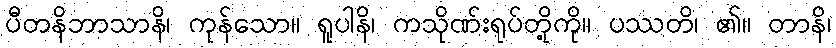
ပီတနိဘာသာနိ၊ ကုန်သော။ ရူပါနိ၊ ကသိုဏ်းရုပ်တို့ကို။ ပဿတိ၊ ၏။ တာနိ၊